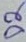
Text: D2